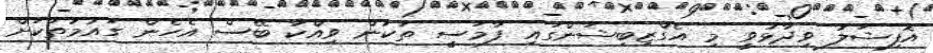
އޮފިޝަލު ވިދާޅުވީ މި އެގްޒިބިޝަންގައި ފާމަސީ ތަކުން ވިއްކާ ބޭސް އެހެން ގައުމުތަކަށް